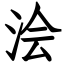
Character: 浍